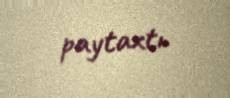
paytaxtı.